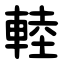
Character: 䡜